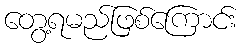
တွေ့ရမည်ဖြစ်ကြောင်း